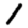
Digit: 1